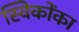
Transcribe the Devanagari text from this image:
स्विकोंका